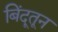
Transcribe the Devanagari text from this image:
बिंदूतून